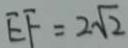
E F = 2 \sqrt { 2 }